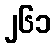
၂၆၁